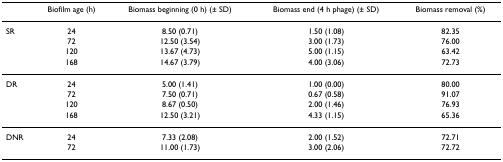
<table><thead><tr><td></td><td><b>Biofilm age (h)</b></td><td><b>Biomass beginning (0 h) (± SD)</b></td><td><b>Biomass end (4 h phage) (± SD)</b></td><td><b>Biomass removal (%)</b></td></tr></thead><tbody><tr><td>SR</td><td>24</td><td>8.50 (0.71)</td><td>1.50 (1.08)</td><td>82.35</td></tr><tr><td></td><td>72</td><td>12.50 (3.54)</td><td>3.00 (1.73)</td><td>76.00</td></tr><tr><td></td><td>120</td><td>13.67 (4.73)</td><td>5.00 (1.15)</td><td>63.42</td></tr><tr><td></td><td>168</td><td>14.67 (3.79)</td><td>4.00 (3.06)</td><td>72.73</td></tr><tr><td>DR</td><td>24</td><td>5.00 (1.41)</td><td>1.00 (0.00)</td><td>80.00</td></tr><tr><td></td><td>72</td><td>7.50 (0.71)</td><td>0.67 (0.58)</td><td>91.07</td></tr><tr><td></td><td>120</td><td>8.67 (0.50)</td><td>2.00 (1.46)</td><td>76.93</td></tr><tr><td></td><td>168</td><td>12.50 (3.21)</td><td>4.33 (1.15)</td><td>65.36</td></tr><tr><td>DNR</td><td>24</td><td>7.33 (2.08)</td><td>2.00 (1.52)</td><td>72.71</td></tr><tr><td></td><td>72</td><td>11.00 (1.73)</td><td>3.00 (2.06)</td><td>72.72</td></tr></tbody></table>